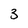
Character: 3